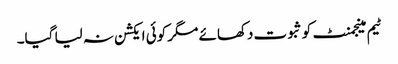
ٹیم مینجمنٹ کو ثبوت دکھائے مگر کوئی ایکشن نہ لیا گیا۔